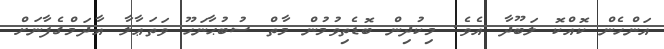
އަންހެން ކޮއްކޮ ލަބޫދާ އެވެ. މިކުދިން ބޮޑެތިވުމުން މާތް ސުބުޙާނަހޫ ވަތަޢާލާ އާދަމްގެފާނަށް